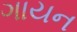
ગાયન